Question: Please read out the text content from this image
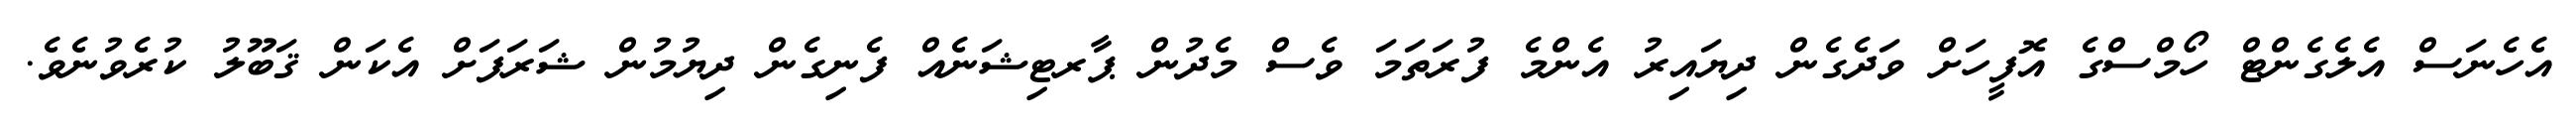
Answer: އެހެނަސް އެލެގެންޓް ހޯމްސްގެ އޮފީހަށް ވަދެގެން ދިޔައިރު އެންމެ ފުރަތަމަ ވެސް މެދުން ޕާރޓިޝަނެއް ފެނިގެން ދިޔުމުން ޝަރަފަށް އެކަން ޤަބޫލު ކުރެވުނެވެ.